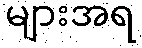
များအရ